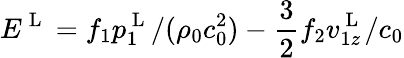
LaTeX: E^{\mathrm{~L~}}=f_{1}p_{1}^{\mathrm{~L~}}/(\rho_{0}c_{0}^{2})-\frac{3}{2}f_{2}v_{1z}^{\mathrm{~L~}}/c_{0}